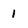
Character: 1